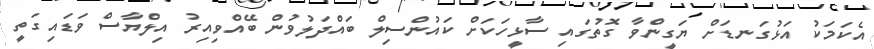
އެކަމަކު އަޅުގަނޑަށް ޔަގީންވާ ގޮތުގައި ސާޅީހަކަށް ކައުންސިލް ބައްދަލުވުން ބޭއްވިއިރު އިލްޔާސް ވަޑައިގަތީ